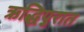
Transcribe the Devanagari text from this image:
ऋद्धिपुरात